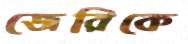
জেরিকে